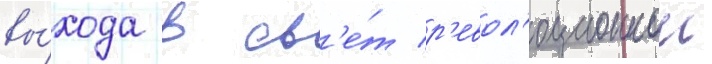
вы́хода в св'е́т р'евол'юционнои